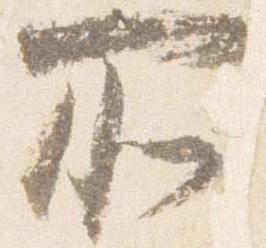
所